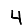
Digit: 4